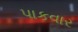
પાકવાર